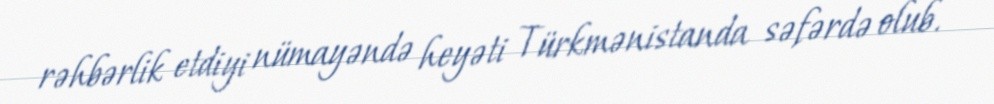
rəhbərlik etdiyi nümayəndə heyəti Türkmənistanda səfərdə olub.